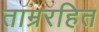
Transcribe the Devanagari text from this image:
ताम्ररहित